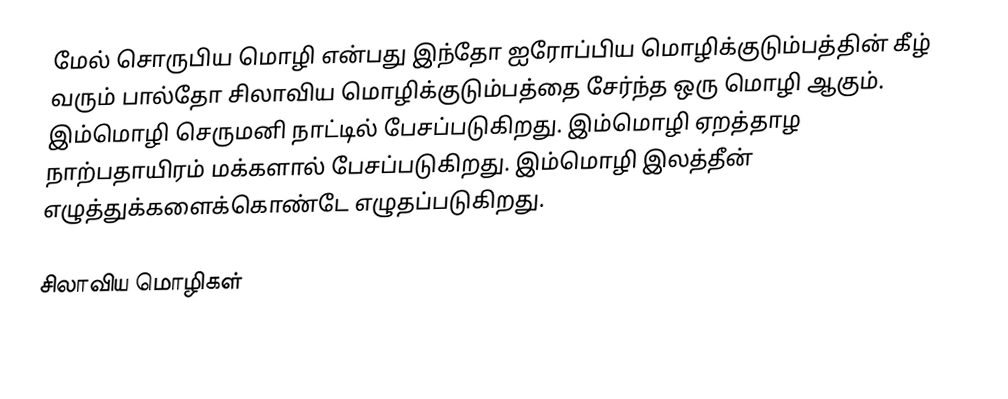
மேல் சொருபிய மொழி என்பது இந்தோ ஐரோப்பிய மொழிக்குடும்பத்தின் கீழ் வரும் பால்தோ சிலாவிய மொழிக்குடும்பத்தை சேர்ந்த ஒரு மொழி ஆகும். இம்மொழி செருமனி நாட்டில் பேசப்படுகிறது. இம்மொழி ஏறத்தாழ நாற்பதாயிரம் மக்களால் பேசப்படுகிறது. இம்மொழி இலத்தீன் எழுத்துக்களைக்கொண்டே எழுதப்படுகிறது.

சிலாவிய மொழிகள்